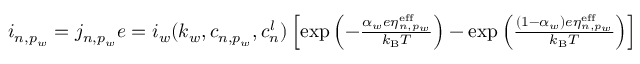
\begin{array} { r } { i _ { n , p _ { w } } = j _ { n , p _ { w } } e = i _ { w } ( k _ { w } , c _ { n , p _ { w } } , c _ { n } ^ { l } ) \left[ \mathrm { e x p } \left( - \frac { \alpha _ { w } e \eta _ { n , p _ { w } } ^ { \mathrm { e f f } } } { k _ { \mathrm { B } } T } \right) - \mathrm { e x p } \left( \frac { ( 1 - \alpha _ { w } ) e \eta _ { n , p _ { w } } ^ { \mathrm { e f f } } } { k _ { \mathrm { B } } T } \right) \right] } \end{array}